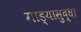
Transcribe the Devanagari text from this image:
गाड्यासुद्धा